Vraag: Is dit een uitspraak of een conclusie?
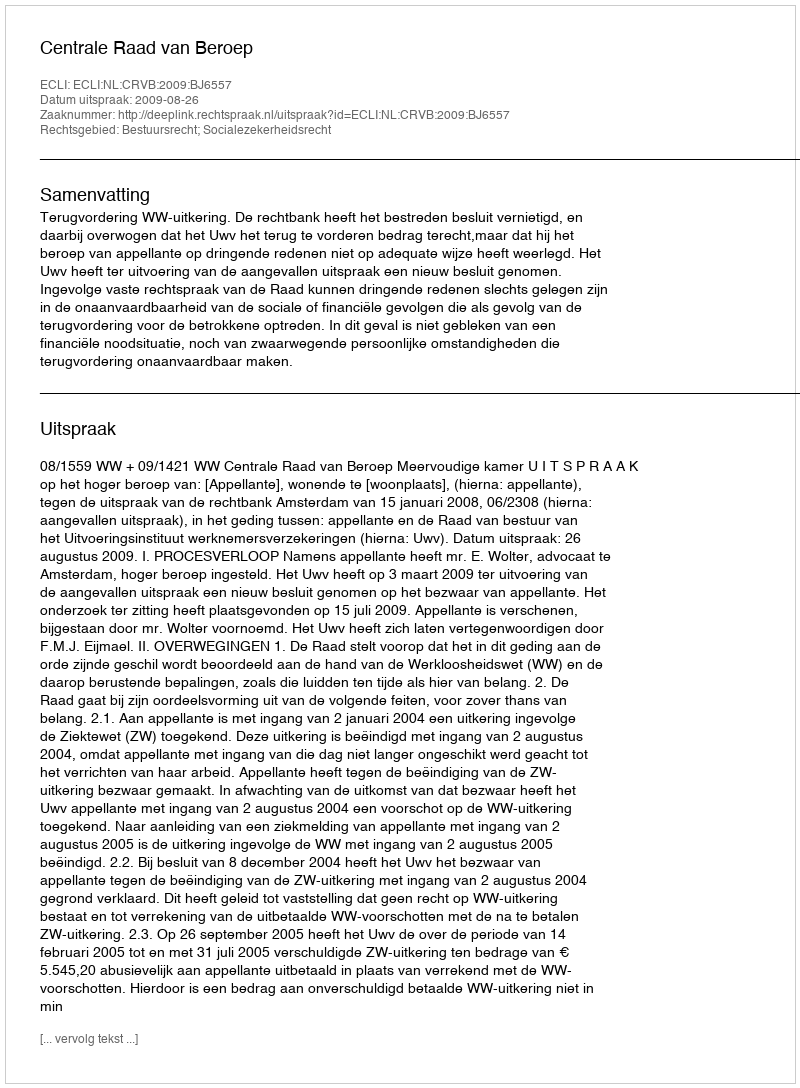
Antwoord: Uitspraak